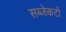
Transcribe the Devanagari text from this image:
सब्जेकटों